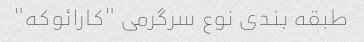
طبقه بندی نوع سرگرمی "کارائوکه"